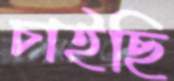
চাইছি